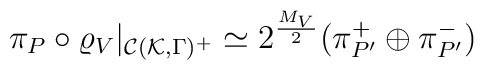
\pi_P\circ\varrho_V|_{{\cal C}({\cal K},\Gamma)^+}\simeq 2^\frac{M_V}{2}(\pi_{P'}^+\oplus\pi_{P'}^-)